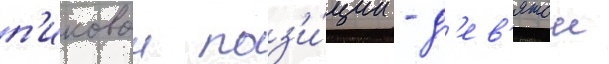
п'иковои поз'и́ции - д'ев'ятои